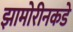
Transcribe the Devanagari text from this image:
झामोरीनकडे